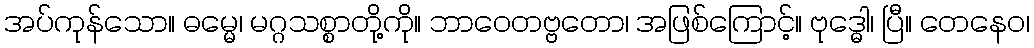
အပ်ကုန်သော။ ဓမ္မေ၊ မဂ္ဂသစ္စာတို့ကို။ ဘာဝေတဗ္ဗတော၊ အဖြစ်ကြောင့်။ ဗုဒ္ဓေါ၊ ပြီ။ တေနေဝ၊